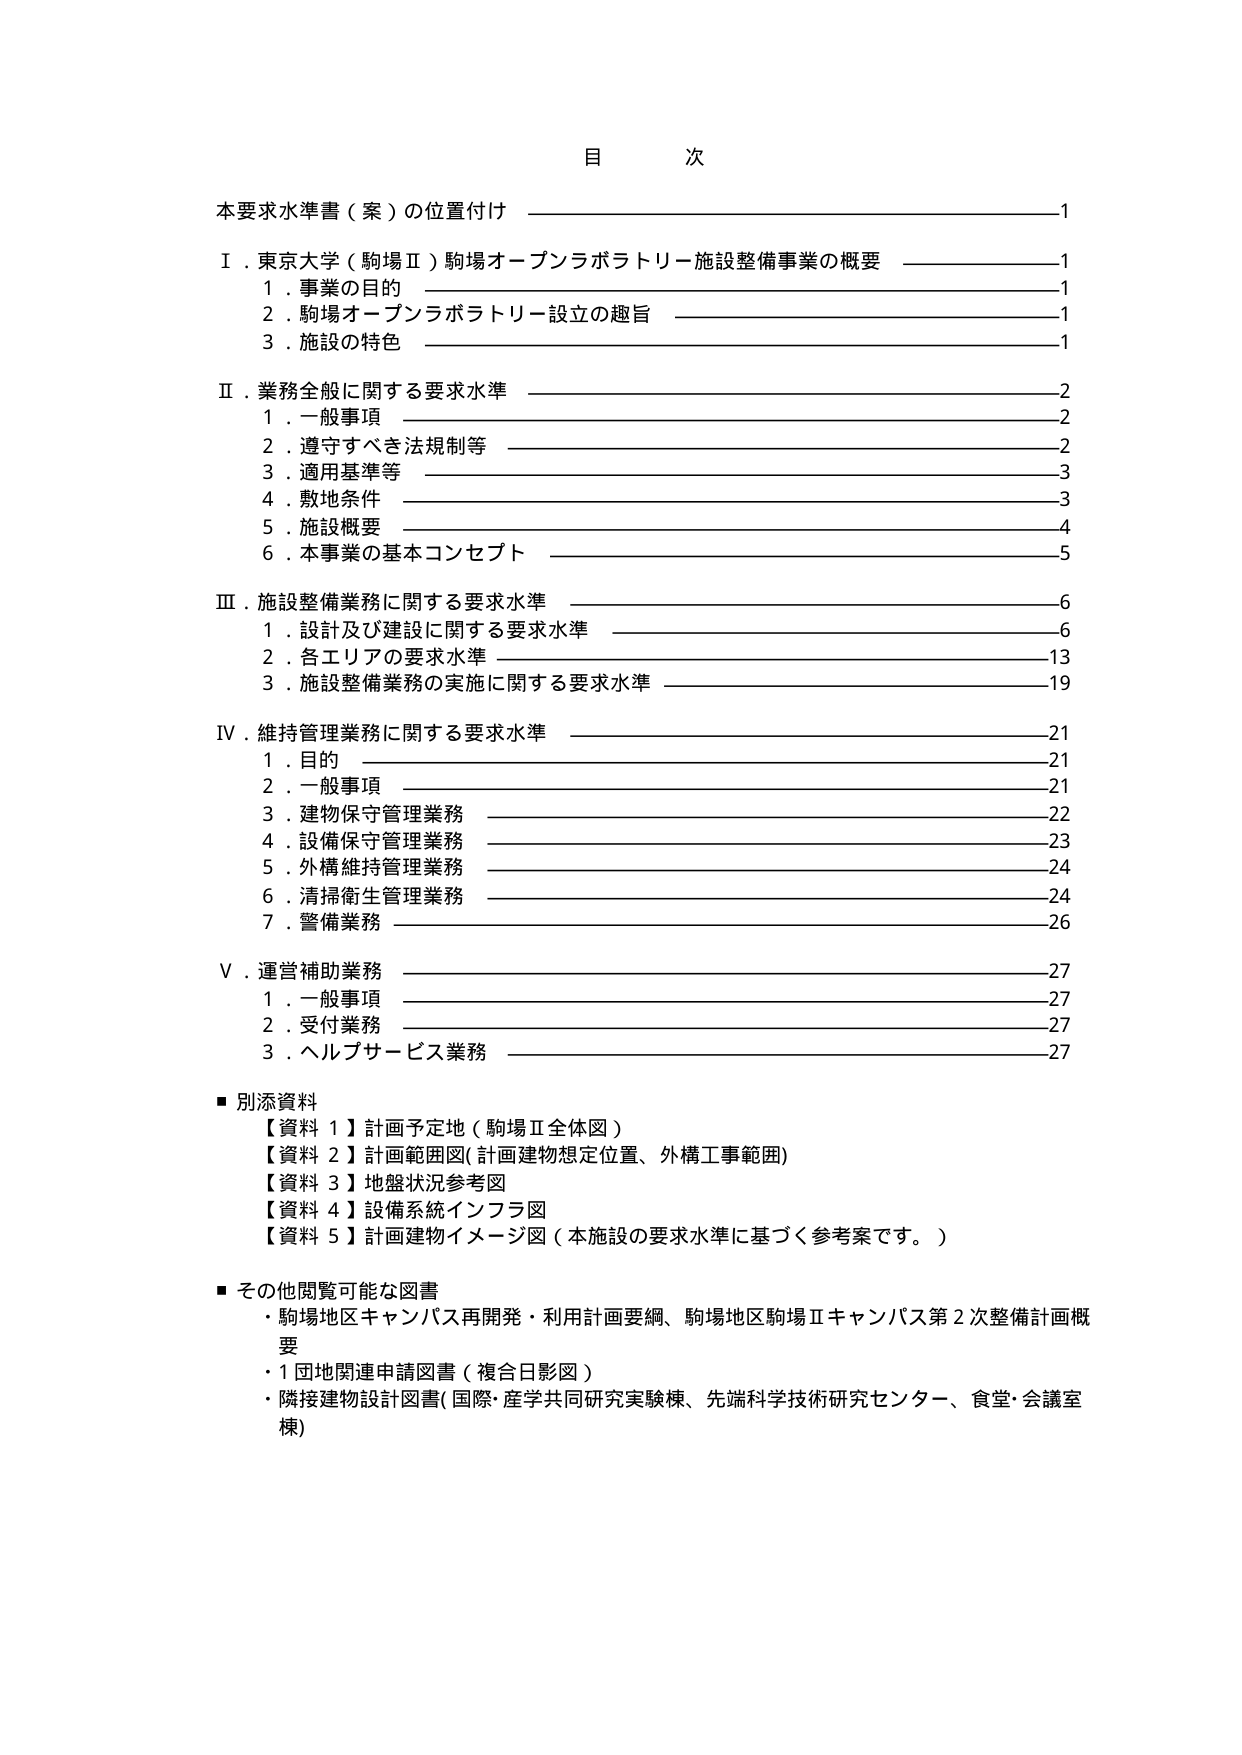
目 次
本要求水準書（案）の位置付け ————————————————————1
Ⅰ．東京大学（駒場Ⅱ）駒場オープンラボラトリー施設整備事業の概要 ————————1
　　1．事業の目的 ————————————————————————————1
　　2．駒場オープンラボラトリー設立の趣旨 ——————————————————1
　　3．施設の特色 ————————————————————————————1
Ⅱ．業務全般に関する要求水準 ————————————————————————2
　　1．一般事項 ——————————————————————————————2
　　2．遵守すべき法規制等 ————————————————————————2
　　3．適用基準等 ————————————————————————————3
　　4．敷地条件 ——————————————————————————————3
　　5．施設概要 ——————————————————————————————4
　　6．本事業の基本コンセプト ———————————————————————5
Ⅲ．施設整備業務に関する要求水準 —————————————————————6
　　1．設計及び建設に関する要求水準 ———————————————————6
　　2．各エリアの要求水準 ————————————————————————13
　　3．施設整備業務の実施に関する要求水準 —————————————————19
Ⅳ．維持管理業務に関する要求水準 —————————————————————21
　　1．目的 ————————————————————————————————21
　　2．一般事項 ——————————————————————————————21
　　3．建物保守管理業務 ————————————————————————22
　　4．設備保守管理業務 ————————————————————————23
　　5．外構維持管理業務 ————————————————————————24
　　6．清掃衛生管理業務 ————————————————————————24
　　7．警備業務 ——————————————————————————————26
Ⅴ．運営補助業務 ——————————————————————————————27
　　1．一般事項 ——————————————————————————————27
　　2．受付業務 ——————————————————————————————27
　　3．ヘルプサービス業務 ————————————————————————27
■ 別添資料
　【資料１】計画予定地（駒場Ⅱ全体図）
　【資料２】計画範囲図（計画建物想定位置、外構工事範囲）
　【資料３】地盤状況参考図
　【資料４】設備系統インフラ図
　【資料５】計画建物イメージ図（本施設の要求水準に基づく参考案です。）
■ その他閲覧可能な図書
　・駒場地区キャンパス再開発・利用計画要綱、駒場地区駒場Ⅱキャンパス第2次整備計画概要
　・1団地関連申請図書（複合日影図）
　・隣接建物設計図書（国際・産学共同研究実験棟、先端科学技術研究センター、食堂・会議室棟）